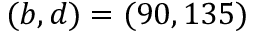
( b , d ) = ( 9 0 , 1 3 5 )